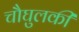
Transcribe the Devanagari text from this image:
चौघुलकी